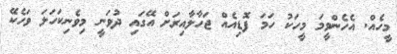
މީހެއް. އެހެންވީމަ މީހަކު ހަމަ ފޮޑިއެއް ޖަހާލާއިރަށް އޭގައި ދުވަނީ މިވެނިކަހަލަ ވަހެކޭ